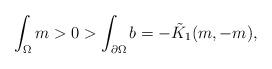
LaTeX: \begin{align*} \int_\Omega m > 0 > \int_{\partial \Omega}b = - \tilde{K}_1(m,-m),\end{align*}